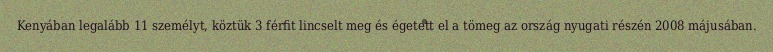
Kenyában legalább 11 személyt, köztük 3 férfit lincselt meg és égetett el a tömeg az ország nyugati részén 2008 májusában.